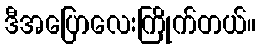
ဒီအပြောလေးကြိုက်တယ်။